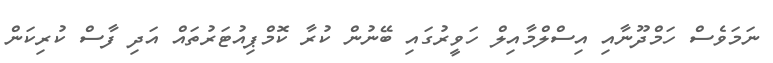
ނަމަވެސް ހަމްދޫނާއި އިސްލްމާއިލް ހަވީރުގައި ބޭނުން ކުރާ ކޮމްޕިއުޓަރުތައް އަދި ފާސް ކުރިކަން